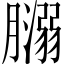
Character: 𦡥